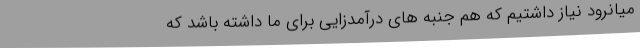
میانرود نیاز داشتیم که هم جنبه های درآمدزایی برای ما داشته باشد که